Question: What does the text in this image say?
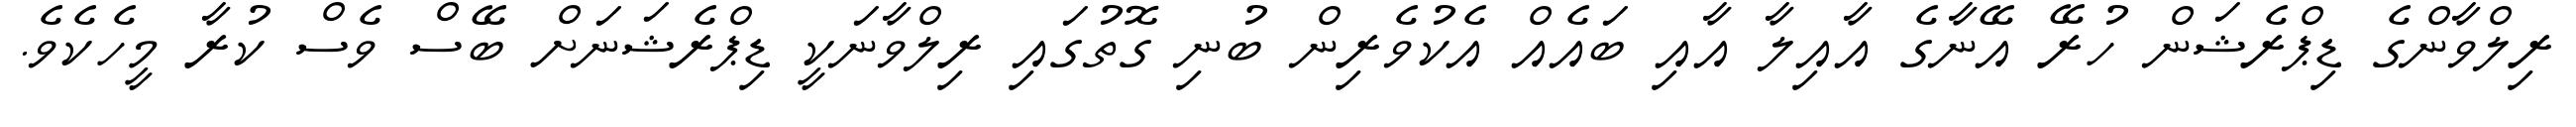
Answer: ރިލްވާންގެ ޑިޕްރެޝަން ހުރޭ އޭނާގެ އާއިލާ އާއި ބައެއް އެކުވެރިން ބުނި ގޮތުގައި ރިލްވާނަކީ ޑިޕްރެޝަނަށް ބޭސް ވެސް ކުރާ މީހެކެވެ.